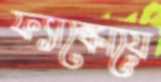
ফ্যাঙ্কোয়ে